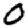
Digit: 0